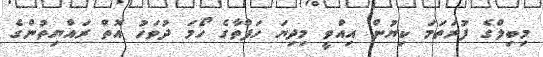
މިބިލްގެ ފުރަތަމަ ކިޔުން އިއްވީ މިދިޔަ ހަފްތާގެ ހޯމަ ދުވަހު އޮތް ރައްޔިތުންގެ